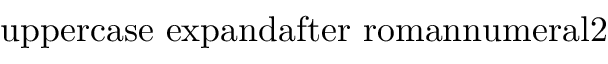
\mathrm { { \ u p p e r c a s e \ e x p a n d a f t e r { \ r o m a n n u m e r a l 2 } } }